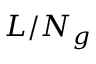
{ L } / { { { N } _ { g } } }